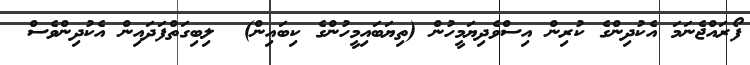
ފޯރައްޖެނަމަ އެކުދިންގެ ކުރިން އިސްވެދިޔަމީހުން (ތިޔަބައިމީހުންގެ ކިބައިން)  ލިބިގަތްފަދައިން އެކުދިންވެސް